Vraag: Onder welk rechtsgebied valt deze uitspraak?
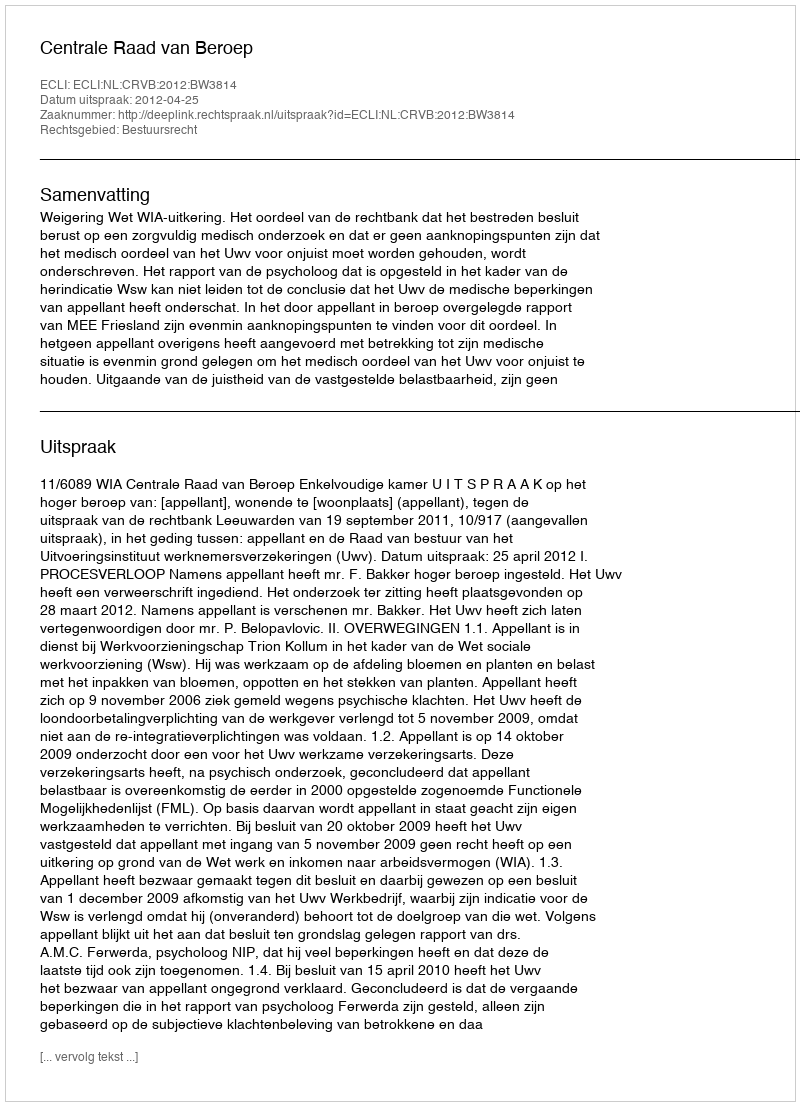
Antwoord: Bestuursrecht